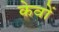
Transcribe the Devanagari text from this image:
केवों